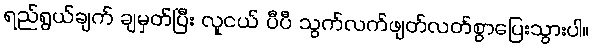
ရည်ရွယ်ချက် ချမှတ်ပြီး လူငယ် ပီပီ သွက်လက်ဖျတ်လတ်စွာပြေးသွားပါ။